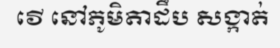
វើ នៅភូមិតាដឹប សង្កាត់